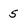
Character: 5